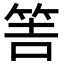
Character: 𥭅